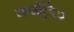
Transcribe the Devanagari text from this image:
कमेंट्रेटर